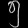
Digit: ၅